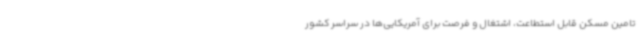
تامین مسکن قابل استطاعت، اشتغال و فرصت برای آمریکایی‌ها در سراسر کشور